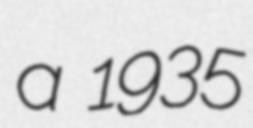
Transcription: a 1935